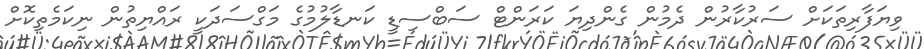
ވިޔަފާރިތަކަށް ސަރުކާރުން ދެމުން ގެންދިޔަ ކަރަންޓް ސަބްސިޑީ ކަނޑާލުމުގެ މަގްސަދަކީ ރައްޔިތުން ނިކަމެތިކޮށް